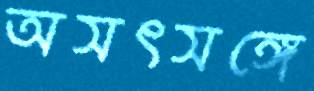
অসৎসঙ্গে